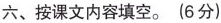
六、按课文内容填空。(6分)